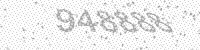
Solution: 948888